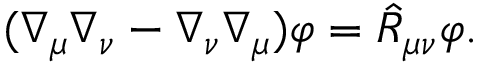
( \nabla _ { \mu } \nabla _ { \nu } - \nabla _ { \nu } \nabla _ { \mu } ) \varphi = \hat { \cal R } _ { \mu \nu } \varphi .